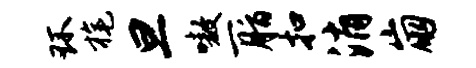
环旄旦嗷一脂扣消崩